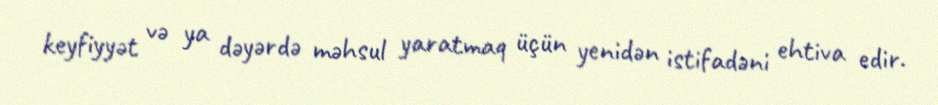
keyfiyyət və ya dəyərdə məhsul yaratmaq üçün yenidən istifadəni ehtiva edir.